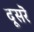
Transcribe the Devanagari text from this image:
दूसरॆ